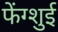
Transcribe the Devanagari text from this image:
फेंग्शुई